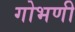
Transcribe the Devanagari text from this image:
गोभणी